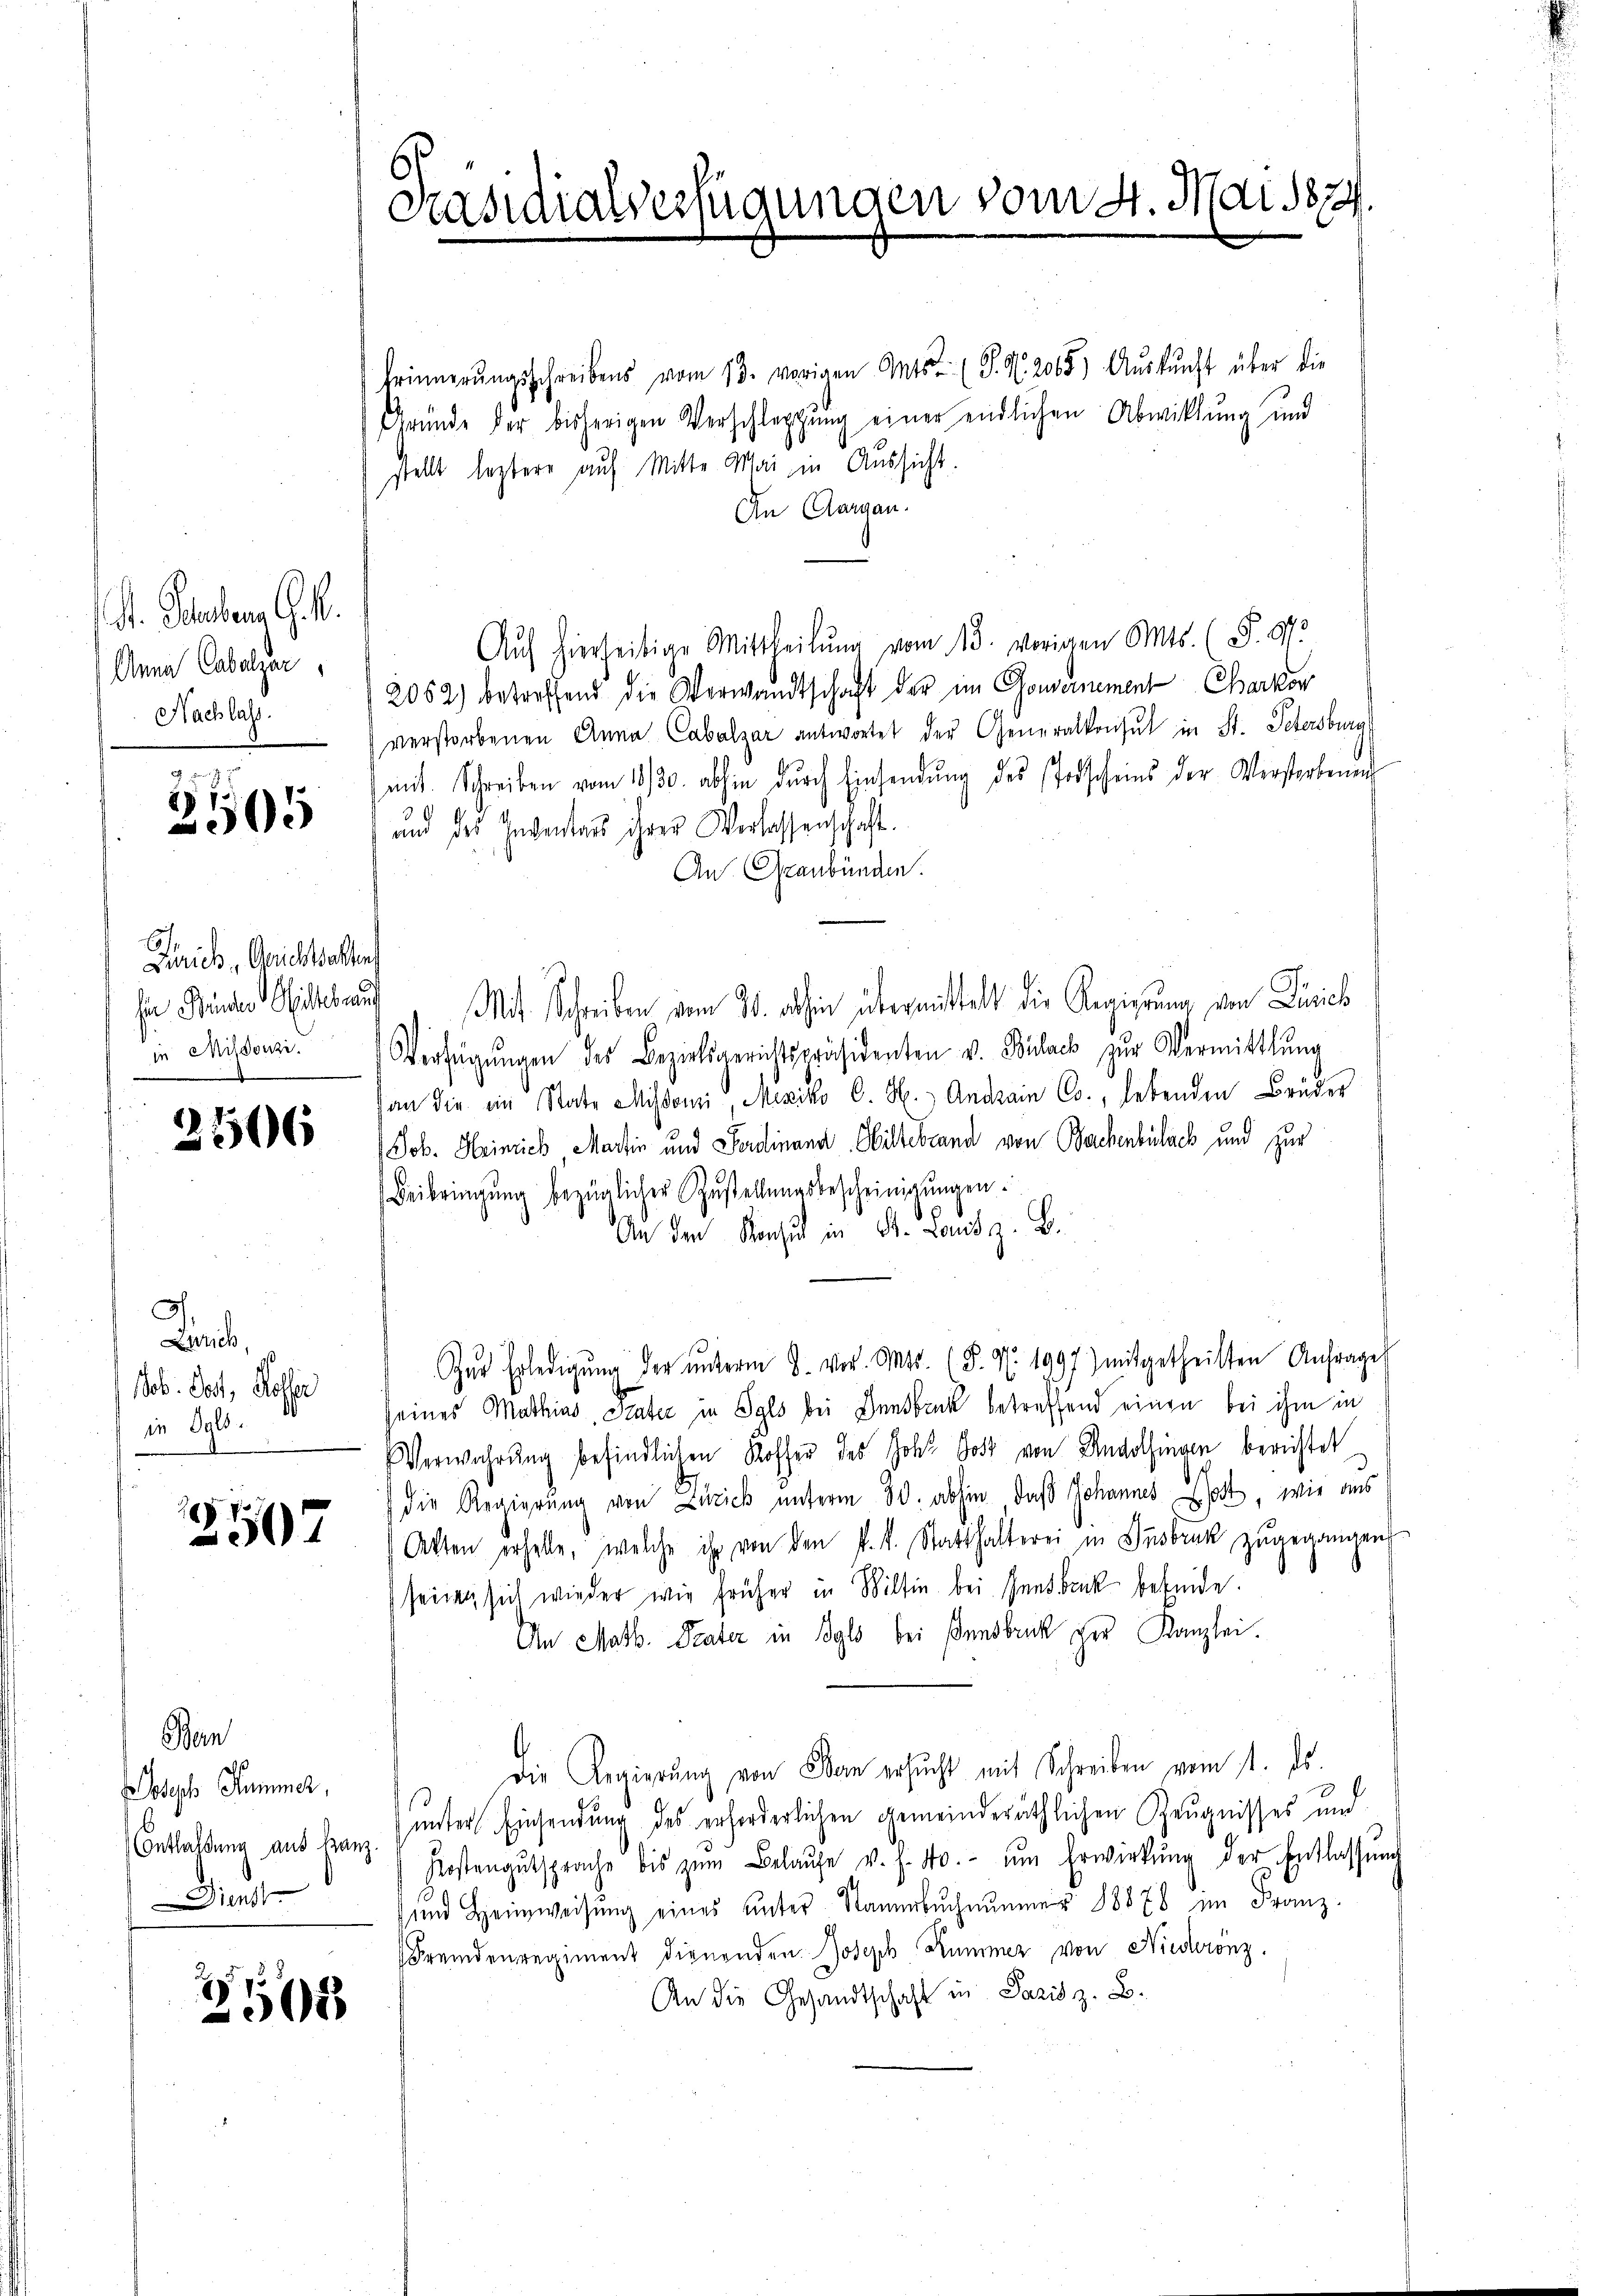
A. Schubern G. K.
Anna Cabalzar,
Nachlass.

3105

6
Zürich, Gerichtsalten
in Missonzi.

2506

G
Zürich,
ob. Tat, Hoffer
in Ogls.

1
507

Ben
seph Hummer,
Dienst

2505

Präsidialverfügungen vom 4. Mai 1874.

Erinnerŭngsschreibens vom 13. vorigen Ants. (T. N. 2065) Aŭskŭnft über die
Gründe der bisherigen Verschleppung einer endlichen Abwicklung und
stellt leztere auf Mitte Mai in Aussicht.
n Aargau.
Auf hierseitige Mittheilŭng vom 15. vorigen Mts. (§. 9.
2052) betreffend die Verwandtschaft der im Gouvernement Charkor
verstorbenen Anna Cabalzar antwortet der Generalkonsul in St. Petersburg
mit. Schreiben vom 1830. abhin dŭrch Einsendŭng des Todscheins der Verstorbenen
 und des Inventars ihrer Verlassenschaft
An Graubünden.
he Kinder Siches auf Mit Schreiben vom 30. abhin übermittelt die Regierung von Zürich
Verfügŭngen des Bezirksgerichtspräsidenten v. Bülach zŭr Vermittlung
an die ein State Missoni, Mesiko C. H. Andrain Co., lebenden Brüder
Job. Heinrich Martin und Ferdinand Willebrand von Bachenbülach und zur
Beibringŭng bezüglicher Zustellŭngsbescheinigŭngen.
An den Konsul in Dr. Land z. B.
Zur Erledigŭng der ŭnterm 8. vor. Mts. (§. N. 1097) mitgetheilten Anfrage
seines Mathias Stati in Syls bei Gensbruck betreffend einen bei ihm in
Verwahrung befindlichen Koffer des Joh. Gott von Andelfingen berichtet
 die Regierung von Zürich unterm 30. abhin, daß Johannes Wort, wie aus
Akten erholte, welche ihr von den k. k. Statthalterei in Insbruk zugegangen
seinen sich wieder wie früher in Wiltin bei Gantbank befinde.
An Math. Pater in Bylo bei Innsbruck der Kanzlei.
Die Regierŭng von Bern ersucht mit Schreiben vom 1. ds.
Enthaltung aus Hanz unter Einsendung des erforderlichen gemeinderäthlichen Zeugnisses und
Kostengŭtsprache bis zŭm Belaŭfe v. h. No. ŭm Erwirkŭng der Entlassŭng
und Heimweisŭng eines ŭnter Naumbuch nunmer 18878 im Franz-
Fremdenregiment dienenden Joseph Kummer von Niederonz
An die Gesandtschaft in Pazis z. B.